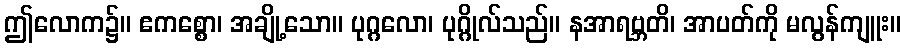
ဤလောက၌။ ဧကစ္စော၊ အချို့သော။ ပုဂ္ဂလော၊ ပုဂ္ဂိုလ်သည်။ နအာရဗ္ဘတိ၊ အာပတ်ကို မလွန်ကျူး။